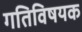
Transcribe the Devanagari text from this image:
गतिविषयक